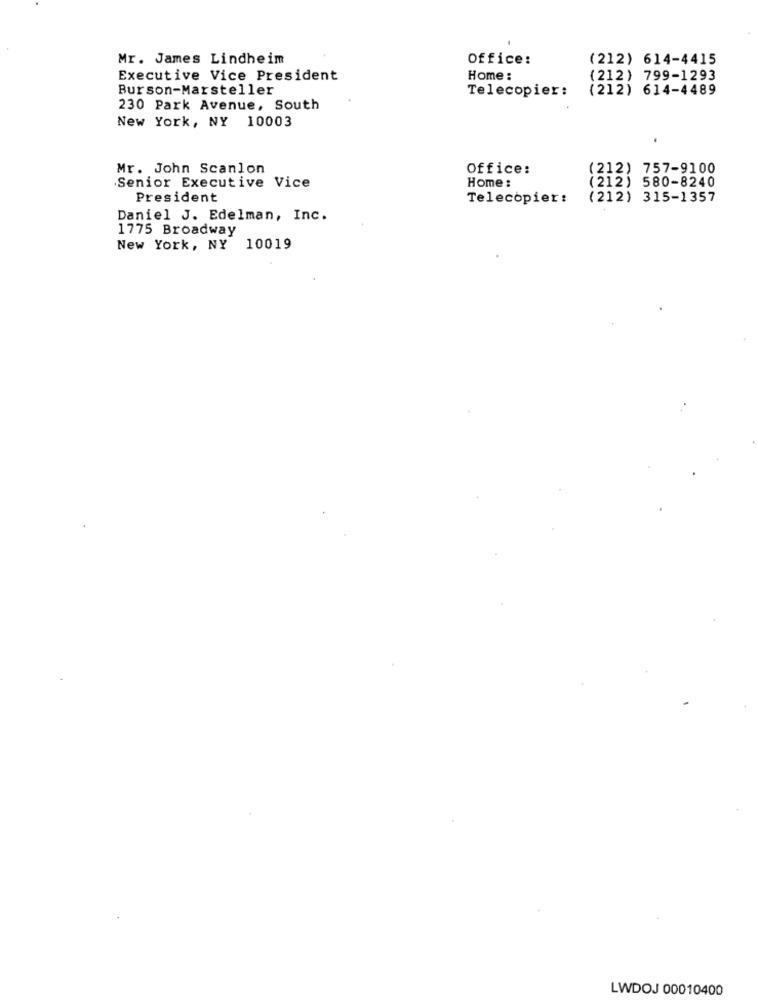
Mr. James Lindheim
Office:
(212) 614-4415
Executive Vice President
Home :
(212) 799-1293
Burson-Marsteller
Telecopier:
(212) 614-4489
230 Park Avenue, South
New York, NY 10003
Mr. John Scanlon
Office:
(212) 757-9100
(212) 580-8240
Senior Executive Vice
Home :
President
Telecopier:
(212) 315-1357
Daniel J. Edelman, Inc.
1775 Broadway
New York, NY 10019
LWDOJ 00010400